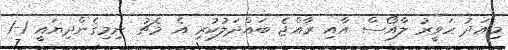
މިއަދު ހަވީރު ލާއޯސް އާއި ރާއްޖެ ބައްދަލުކުރި އެ މެޗު ނިމިގެންދިޔައީ 1-1